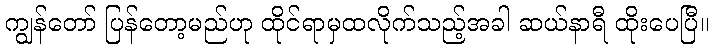
ကျွန်တော် ပြန်တော့မည်ဟု ထိုင်ရာမှထလိုက်သည့်အခါ ဆယ်နာရီ ထိုးပေပြီ။